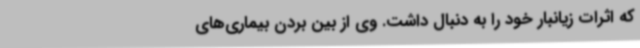
که اثرات زیانبار خود را به دنبال داشت. وی از بین بردن بیماری‌های